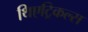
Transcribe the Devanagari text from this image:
थिएट्रिकल्स